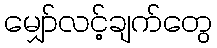
မျှော်လင့်ချက်တွေ